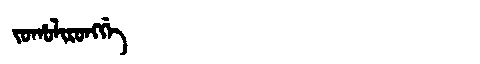
Manchu: ᠵᠣᡥᠣᠯᡳᡵᠣᠩᡤᡝ
Romanization: JOHOLIRONGGE